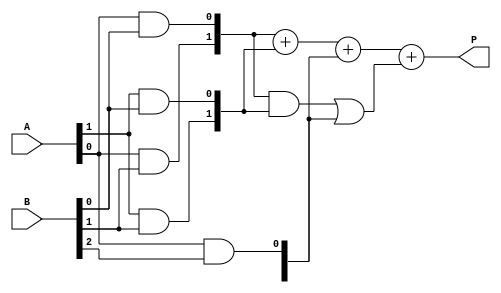
module dadda_multiplier #(parameter n = 4) (
    input [n-1:0] A,
    input [n-1:0] B,
    output [2*n-1:0] P
);

    // Generate Partial Products
    wire [n-1:0] pp [0:n-1]; // Partial products
    genvar i, j;

    generate
        for (i = 0; i < n; i = i + 1) begin: pp_gen
            for (j = 0; j < n; j = j + 1) begin: pp_bit
                assign pp[i][j] = A[i] & B[j];
            end
        end
    endgenerate

    // Reduction tree structure
    wire [n + 2:0] sum [0:n-1]; // Sums of partial products
    wire [n + 2:0] carry [0:n-1]; // Carries

    // Stage 1: Group partial products into sets of three
    generate
        for (i = 0; i < n; i = i + 1) begin: stage1
            if (i < n - 1) begin
                assign sum[i][0] = pp[i][0];
                assign sum[i][1] = pp[i][1];
                assign carry[i][0] = pp[i][2];
            end
            if (i == n - 1) begin
                assign sum[i][0] = pp[i][0];
                assign sum[i][1] = pp[i][1];
                assign carry[i][0] = 1'b0; // No more bits
            end
        end
    endgenerate

    // Stage 2: Reduce sums further
    // Combine results of stage 1
    wire [n + 2:0] final_sum;
    wire [n + 2:0] final_carry;

    // Additive structure for final stage
    assign final_sum = sum[0] + sum[1] + carry[0];
    assign final_carry = (sum[0] & sum[1]) | (carry[0]);

    // Final addition of the last two rows
    wire [2*n-1:0] final_result;
    
    assign final_result = final_sum + final_carry;

    // Output
    assign P = final_result;

endmodule